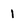
Character: 1